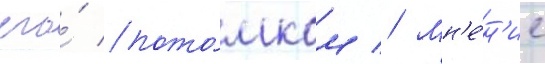
его́ пото́мком // Мн'е́н'ие